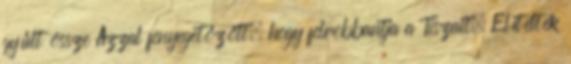
gyűlt össze Azzal fenyegetőzött, hogy felrobbantja a Tiszait. Elítélték